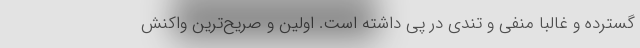
گسترده و غالباً منفی و تندی در پی داشته است. اولین و صریح‌ترین واکنش